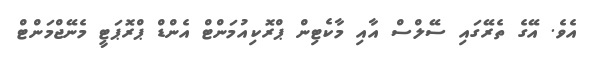
އެވެ. އޭގެ ތެރޭގައި ސޭލްސް އާއި މާކެޓިން ޕްރޮކިއުމަންޓް އެންޑް ޕްރޮޕަޓީ މެނޭޖްމަންޓް